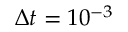
\Delta t = 1 0 ^ { - 3 }